Document type: Confirmation
Year: 1374
Scribe: Ramon Camat
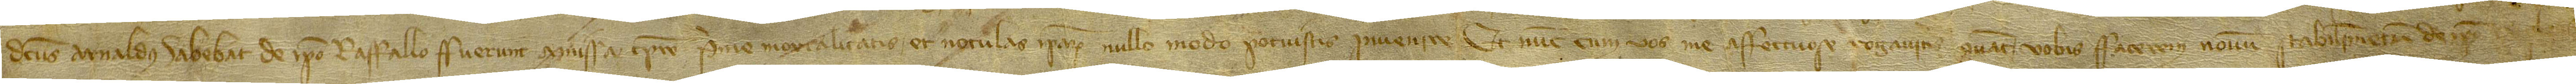
dictus Arnaldus habebat de ipso raffallo fuerunt missa tempore prime mortalitatis, et notulas ipsarum nullo modo potuistis invenire; et nunc cum vos me affectuose rogaveritis quatenus vobis facerem novum stabilimentum de ipso [raffallo],